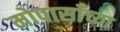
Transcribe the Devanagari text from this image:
मोपासाँच्या